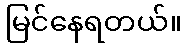
မြင်နေရတယ်။